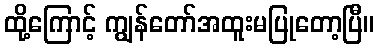
ထို့ကြောင့် ကျွန်တော်အထူးမပြုတော့ပြီ။